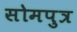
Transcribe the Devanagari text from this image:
सोमपुत्र